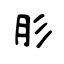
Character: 肜